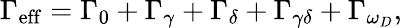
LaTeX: \Gamma_{\mathrm{eff}}=\Gamma_{0}+\Gamma_{\gamma}+\Gamma_{\delta}+\Gamma_{\gamma\delta}+\Gamma_{\omega_{D}},